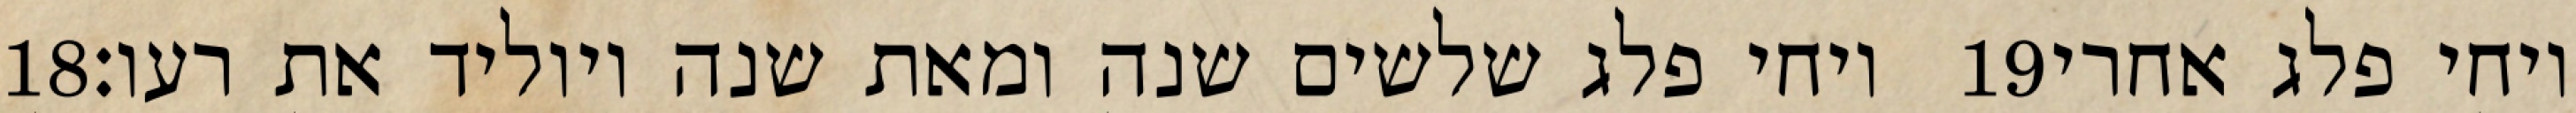
‎18‏ ויחי פלג שלשים שנה ומאת שנה ויוליד את רעו׃ ‎19‏ ויחי פלג אחרי